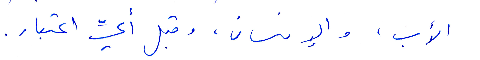
الأب، والإنسان، وقبل أيّ اعتبار.